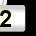
Digit: 2